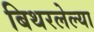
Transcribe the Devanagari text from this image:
बिथरलेल्या